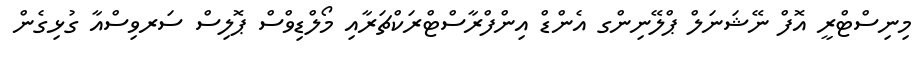
މިނިސްޓްރީ އޮފް ނޭޝަނަލް ޕްލޭނިންގ އެންޑް އިންފްރާސްޓްރަކްޗަރާއި މޯލްޑިވްސް ޕޮލިސް ސަރވިސްއާ ގުޅިގެން